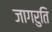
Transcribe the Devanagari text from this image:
जागरुति